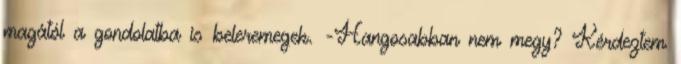
magától a gondolatba is beleremegek. -Hangosabban nem megy? Kérdeztem